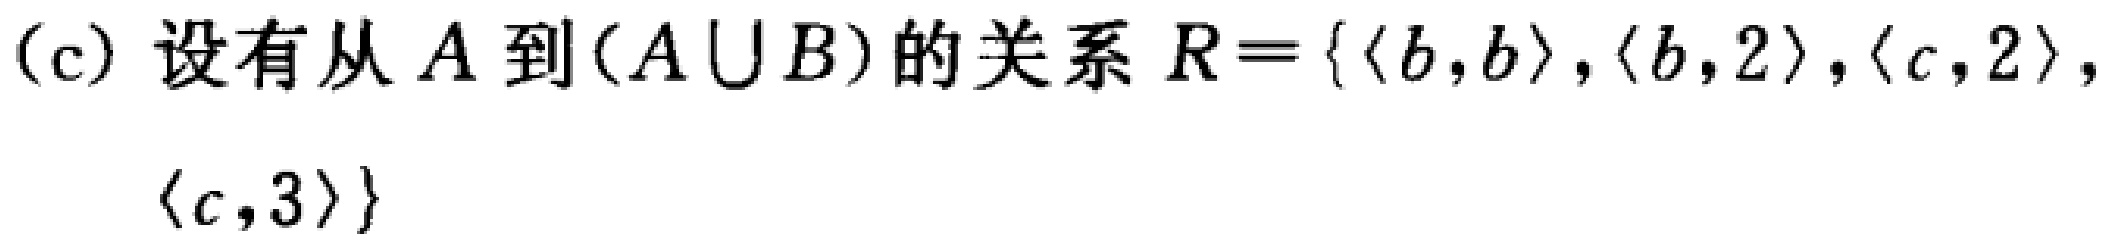
(c) 设有从 \(A\) 到 \((A \cup B)\) 的关系 \(R = \{ \langle b,b\rangle, \langle b,2\rangle, \langle c,2\rangle, \langle c,3\rangle\}\)